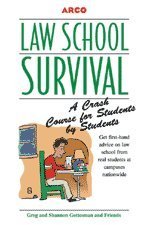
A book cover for Law School Survival Guide; Arco; Education & Teaching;